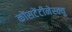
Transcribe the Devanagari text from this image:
कोंसटेंटीनेस्क्यु